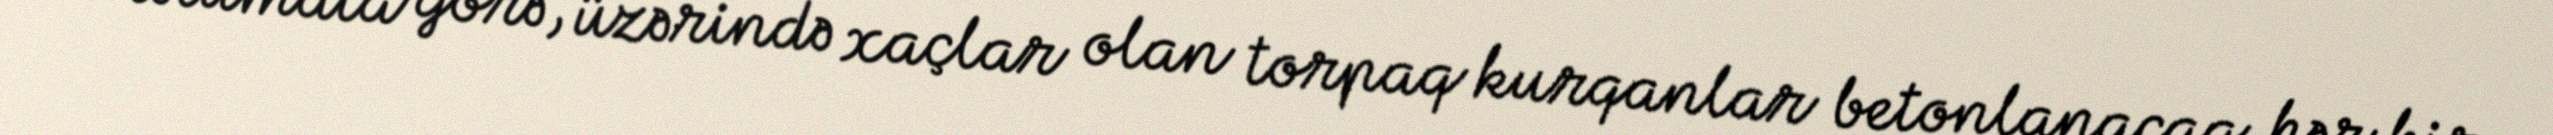
Məlumata görə, üzərində xaçlar olan torpaq kurqanlar betonlanacaq, hər bir